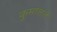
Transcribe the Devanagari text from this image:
कुमालले